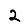
Digit: 2